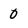
Character: 0